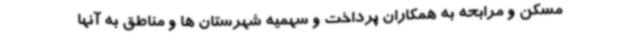
مسکن و مرابحه به همکاران پرداخت و سهمیه شهرستان ها و مناطق به آنها